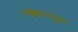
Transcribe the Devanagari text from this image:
मक्कायुक्त